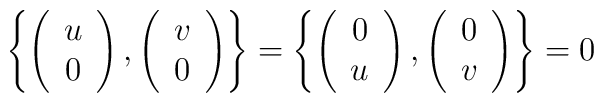
\left \{ \left( \begin{array}{c}u\\0 \end{array}\right),\left( \begin{array}{c}v\\0 \end{array} \right) \right\}= \left \{ \left( \begin{array}{c}0\\u \end{array}\right),\left( \begin{array}{c}0\\v \end{array} \right) \right\}=0